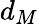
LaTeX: d_{M}